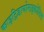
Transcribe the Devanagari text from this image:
काइट्रिडायोमाइकोसिस